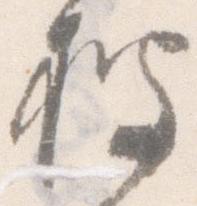
披